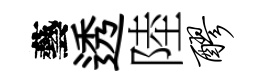
藝透陸醪